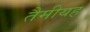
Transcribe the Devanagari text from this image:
तैमीयह